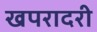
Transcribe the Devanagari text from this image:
खपरादरी